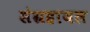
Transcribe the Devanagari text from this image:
संग्रहायल